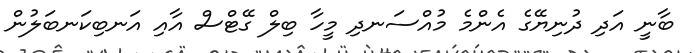
ބާނީ އަދި ދުނިޔޭގެ އެންމެ މުއްސަނދި މީހާ ބިލް ގޭޓްސް އާއި އަނބިކަނބަލުން